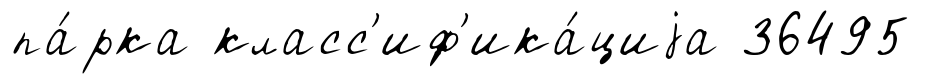
па́рка класс'иф'ика́циjа 36495